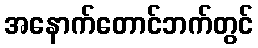
အနောက်တောင်ဘက်တွင်